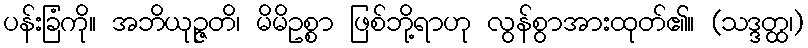
ပန်းခြံကို။ အဘိယုဉ္ဇတိ၊ မိမိဥစ္စာ ဖြစ်ဘို့ရာဟု လွန်စွာအားထုတ်၏။ (သဒ္ဒတ္ထ၊)